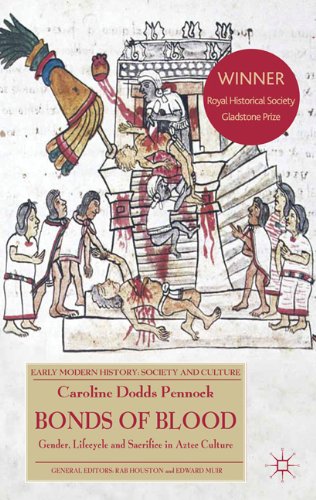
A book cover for Bonds of Blood: Gender, Lifecycle, and Sacrifice in Aztec Culture (Early Modern History: Society and Culture); Caroline Dodds Pennock; History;